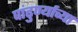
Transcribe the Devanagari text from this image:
पांढुर्ण्याच्या